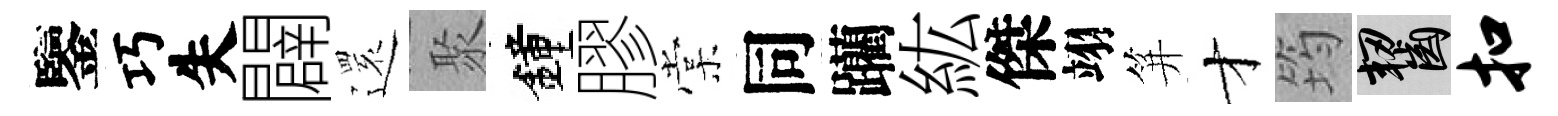
鑒巧失闢𮟃聚鐘膠棠同躪紘傑翊笄才筠齧扣